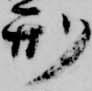
刑